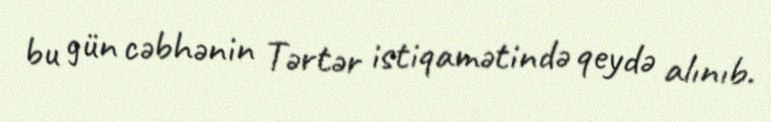
bu gün cəbhənin Tərtər istiqamətində qeydə alınıb.